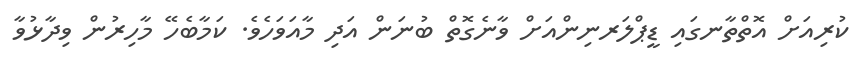
ކުރިއަށް އޮތްތާނގައި ޑީޕްލަރނިންއަށް ވާނެގޮތް ބުނަން އަދި މާއަވަހެވެ. ކަމާބެހޭ މާހިރުން ވިދާޅުވާ